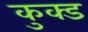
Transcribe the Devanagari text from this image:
कुक्ड